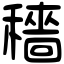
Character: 穡